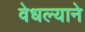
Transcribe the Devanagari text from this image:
वेधल्याने